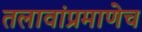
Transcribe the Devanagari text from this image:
तलावांप्रमाणेच